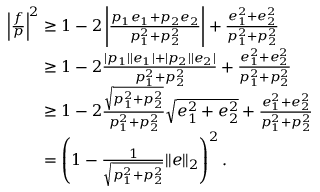
\begin{array} { r l } & { \left\vert \frac { f } { p } \right\vert ^ { 2 } \geq 1 - 2 \left\vert \frac { p _ { 1 } e _ { 1 } + p _ { 2 } e _ { 2 } } { p _ { 1 } ^ { 2 } + p _ { 2 } ^ { 2 } } \right\vert + \frac { e _ { 1 } ^ { 2 } + e _ { 2 } ^ { 2 } } { p _ { 1 } ^ { 2 } + p _ { 2 } ^ { 2 } } } \\ & { \phantom { \left\vert \frac { f } { p } \right\vert ^ { 2 } } \geq 1 - 2 \frac { | p _ { 1 } | \vert e _ { 1 } \vert + \vert p _ { 2 } \vert \vert e _ { 2 } \vert } { p _ { 1 } ^ { 2 } + p _ { 2 } ^ { 2 } } + \frac { e _ { 1 } ^ { 2 } + e _ { 2 } ^ { 2 } } { p _ { 1 } ^ { 2 } + p _ { 2 } ^ { 2 } } } \\ & { \phantom { \left\vert \frac { f } { p } \right\vert ^ { 2 } } \geq 1 - 2 \frac { \sqrt { p _ { 1 } ^ { 2 } + p _ { 2 } ^ { 2 } } } { p _ { 1 } ^ { 2 } + p _ { 2 } ^ { 2 } } \sqrt { e _ { 1 } ^ { 2 } + e _ { 2 } ^ { 2 } } + \frac { e _ { 1 } ^ { 2 } + e _ { 2 } ^ { 2 } } { p _ { 1 } ^ { 2 } + p _ { 2 } ^ { 2 } } } \\ & { \phantom { \left\vert \frac { f } { p } \right\vert ^ { 2 } } = \left( 1 - \frac { 1 } { \sqrt { p _ { 1 } ^ { 2 } + p _ { 2 } ^ { 2 } } } \Vert { e } \Vert _ { 2 } \right) ^ { 2 } . } \end{array}